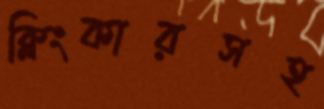
ক্লিংকারসহ